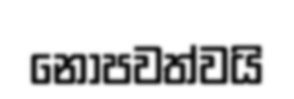
නොපවත්වයි